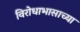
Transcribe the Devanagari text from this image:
विरोधाभासाच्या